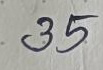
35